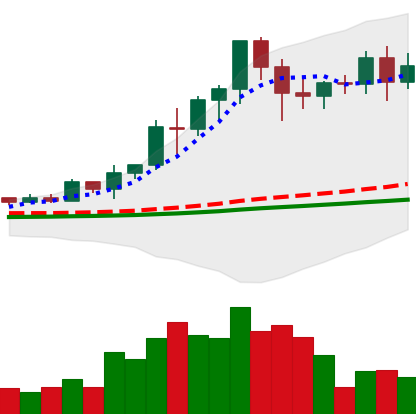
Ticker: EOS-USD
Chart end date: 2021-02-21
Forward return: -30.478%
Label: down_7plus